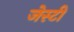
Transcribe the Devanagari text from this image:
जेस्टी